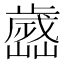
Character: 𣦭